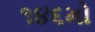
૧૪૬મો